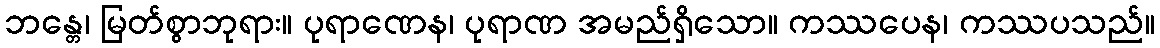
ဘန္တေ၊ မြတ်စွာဘုရား။ ပုရာဏေန၊ ပုရာဏ အမည်ရှိသော။ ကဿပေန၊ ကဿပသည်။